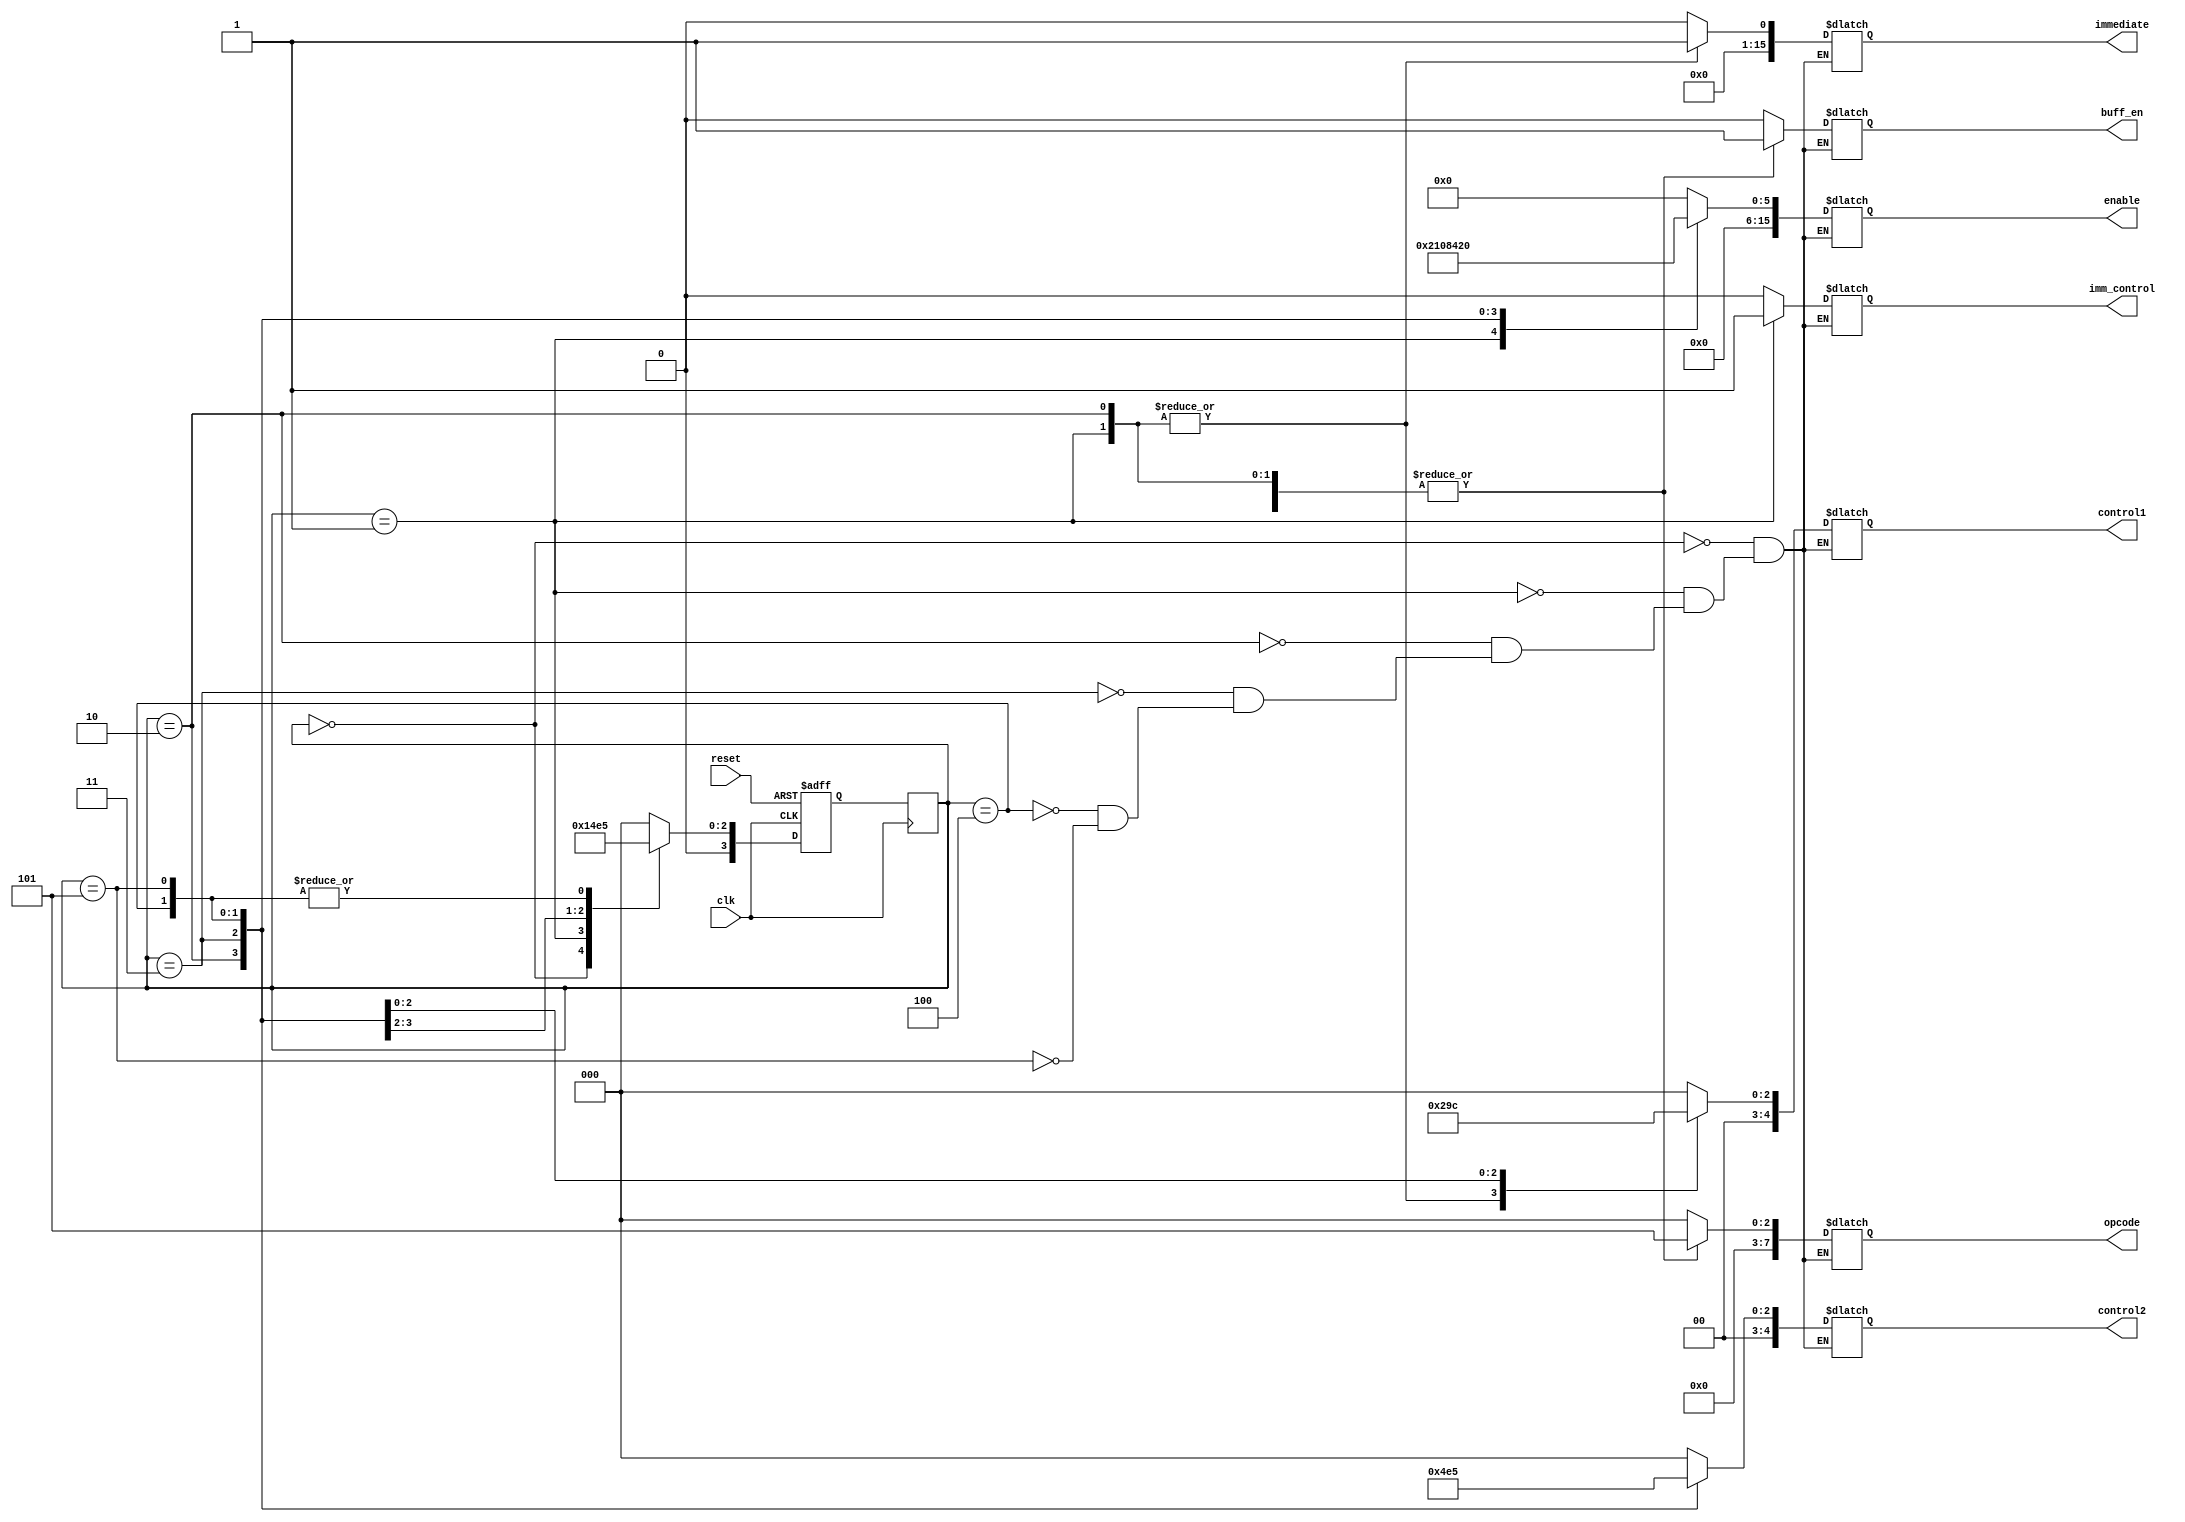
// Module for the Fibonacci sequence
// Created by Louis J. Cerda on 9/23/2021
// Fibonacci sequnce for reference
// 0, 1, 1, 2, 3, 5, 8, 13, 21, 34, 55, 89, 144

// ns Logic: Next state transitions

module fsm_sum (clk, reset, immediate, buff_en, enable, control1, control2, imm_control, opcode);

    // Input signals for the FSM
    input clk, reset;
    
    // Enable signals for the data flow
    output reg [15:0] immediate;
    output reg buff_en;
    output reg [15:0]enable;
    output reg [4:0]control1;
    output reg [4:0]control2;
    output reg imm_control;
    output reg [7:0]opcode;

    
   // ps -> Previous state, ns -> Next state
   reg [3:0] ps, ns; 
    
   //Need to add more state parameters as needed
   parameter [3:0] s0  = 4'b0000;
   parameter [3:0] s1  = 4'b0001;
   parameter [3:0] s2  = 4'b0010;
   parameter [3:0] s3  = 4'b0011;
   parameter [3:0] s4  = 4'b0100;
	parameter [3:0] s5  = 4'b0101;

       
    //Sequential block, negedge of reset due to push button
    always @ (negedge clk) begin

        ps <= ns;

    end
    
    // Combinational block, responsible fo setting the next state
    always@(posedge clk, negedge reset) begin
		if(reset == 0) begin    
			ns = s0;
		end
		 
		 
		else begin
			// Need to add more stepping
        case(ps)
           s0: ns <= s1;  // EDIT changed s1: ns <= si  to s0: ns <= si
			  s1: ns <= s2;
			  s2: ns <= s3;
			  s3: ns <= s4;
			  s4: ns <= s5;
			  s5: ns <= s5;

           default: ns <= s0;
        endcase
		end
    end


    always@ (ps) begin

        case(ps)
            // Reset all registers, muxes,tri-state-buffer
				//Step 0 : 
            s0: begin  
                    immediate   = 0;  //Incoming Immediate value              [15:0]
                    enable      = 0;  //Register enable                       [15:0]
                    opcode      = 0;  //Operation code for ALU                [7: 0]
                    control1    = 0;  //control code for mux on the left      [4: 0]
                    control2    = 0;  //control code for mux on the right     [4: 0]
                    imm_control = 0;  //control code for immediate value      [1bit]
                    buff_en     = 0;  //enable signal for ALU output          [1bit]
                end
                
            // Step 1: R1 = 0+1 = 1
            s1: begin  
                    immediate   = 16'b0000000000000001; 
                    enable      = 16'b0000000000000010;//r1                 
                    opcode      = 8'b00000101;                     
                    control1    = 5'b00001;//r0             // enable left mux
                    control2    = 0;     
                    imm_control = 1;       //immediate               
                    buff_en     = 1;                    
                end
					 
				 // Step 2: R2 = 0+1 = 1
            s2: begin  
                    immediate   = 16'b0000000000000001; 
                    enable      = 16'b0000000000000100;//r2                
                    opcode      = 8'b00000101;                     
                    control1    = 5'b00001;//r0             // enable left mux
                    control2    = 5'b00010;//r1 
                    imm_control = 0;                    
                    buff_en     = 1;    
                end
					 
					 
				 // Step 3: R3 = 1+1 = 2
            s3: begin  
                    immediate   = 0; 
                    enable      = 16'b0000000000001000;//r3                 
                    opcode      = 8'b00000101;                     
                    control1    = 5'b00010; //r1            // enable left mux
                    control2    = 5'b00011; //r2 
                    imm_control = 0;                    
                    buff_en     = 1;    
                end
					 
				// Step 4: R4 = 1+2 = 3
				s4: begin  
                    immediate   = 0; 
                    enable      = 16'b0000000000010000;//r4                 
                    opcode      = 8'b00000101;                     
                    control1    = 5'b00011;//r2            // enable left mux
                    control2    = 5'b00100;//r3  
                    imm_control = 0;                    
                    buff_en     = 1;    
                end
				
				// Step 5: R5 = 3+2 = 5
				s5: begin  
                    immediate   = 0; 
                    enable      = 16'b0000000000100000;//r5                 
                    opcode      = 8'b00000101;                     
                    control1    = 5'b00100;//r3             // enable left mux
                    control2    = 5'b00101;//r4 
                    imm_control = 0;                    
                    buff_en     = 1;    
                end
                            
        endcase
    end
endmodule